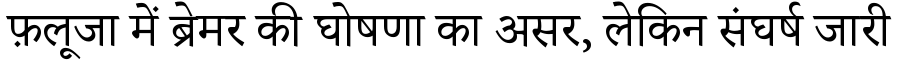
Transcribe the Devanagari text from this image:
फ़लूजा में ब्रेमर की घोषणा का असर, लेकिन संघर्ष जारी